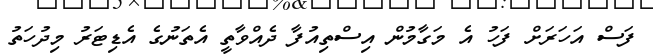
ފަސް އަހަރަށް ފަހު އެ މަގާމުން އިސްތިއުފާ ދެއްވާތީ އެތަނުގެ އެޑިޓަރު މިދުހަތު